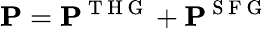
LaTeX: \mathbf{P}=\mathbf{P}^{\mathrm{~T~H~G~}}+\mathbf{P}^{\mathrm{~S~F~G~}}